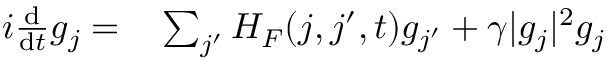
\begin{array} { r l } { i \frac { \mathrm d } { \mathrm d t } g _ { j } = } & { { } \sum _ { j ^ { \prime } } H _ { F } ( j , j ^ { \prime } , t ) g _ { j ^ { \prime } } + \gamma | g _ { j } | ^ { 2 } g _ { j } } \end{array}